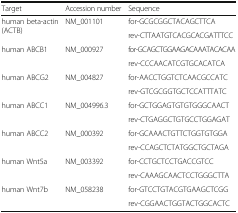
<table><thead><tr><td><b>Target</b></td><td><b>Accession number</b></td><td><b>Sequence</b></td></tr></thead><tbody><tr><td rowspan="2">human beta-actin (ACTB)</td><td rowspan="2">NM_001101</td><td>for-GCGCGGCTACAGCTTCA</td></tr><tr><td>rev-CTTAATGTCACGCACGATTTCC</td></tr><tr><td rowspan="2">human ABCB1</td><td rowspan="2">NM_000927</td><td>for-GCAGCTGGAAGACAAATACACAA</td></tr><tr><td>rev-CCCAACATCGTGCACATCA</td></tr><tr><td rowspan="2">human ABCG2</td><td rowspan="2">NM_004827</td><td>for-AACCTGGTCTCAACGCCATC</td></tr><tr><td>rev-GTCGCGGTGCTCCATTTATC</td></tr><tr><td rowspan="2">human ABCC1</td><td rowspan="2">NM_004996.3</td><td>for-GCTGGAGTGTGTGGGCAACT</td></tr><tr><td>rev-CTGAGGCTGTGCCTGGAGAT</td></tr><tr><td rowspan="2">human ABCC2</td><td rowspan="2">NM_000392</td><td>for-GCAAACTGTTCTGGTGTGGA</td></tr><tr><td>rev-CCAGCTCTATGGCTGCTAGA</td></tr><tr><td rowspan="2">human Wnt5a</td><td rowspan="2">NM_003392</td><td>for-CCTGCTCCTGACCGTCC</td></tr><tr><td>rev-CAAAGCAACTCCTGGGCTTA</td></tr><tr><td rowspan="2">human Wnt7b</td><td rowspan="2">NM_058238</td><td>for-GTCCTGTACGTGAAGCTCGG</td></tr><tr><td>rev-CGGAACTGGTACTGGCACTC</td></tr></tbody></table>